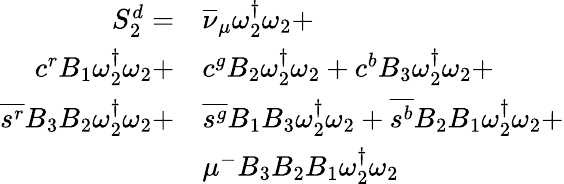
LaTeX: \begin{array}{rl}{S_{2}^{d}=}&{{\overline{{\nu}}_{\mu}}\omega_{2}^{\dagger}\omega_{2}+}\\ {{c}^{r}{B_{1}}\omega_{2}^{\dagger}\omega_{2}+}&{{c}^{g}{B_{2}}\omega_{2}^{\dagger}\omega_{2}+{c}^{b}{B_{3}}\omega_{2}^{\dagger}\omega_{2}+}\\ {\overline{{s^{r}}}{B_{3}}{B_{2}}\omega_{2}^{\dagger}\omega_{2}+}&{\overline{{s^{g}}}{B_{1}}{B_{3}}\omega_{2}^{\dagger}\omega_{2}+\overline{{s^{b}}}{B_{2}}{B_{1}}\omega_{2}^{\dagger}\omega_{2}+}\\ &{\mu^{-}{B_{3}}{B_{2}}{B_{1}}\omega_{2}^{\dagger}\omega_{2}}\end{array}